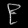
Digit: ၉